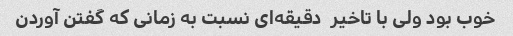
خوب بود ولی با تاخیر  دقیقه‌ای نسبت به زمانی که گفتن آوردن